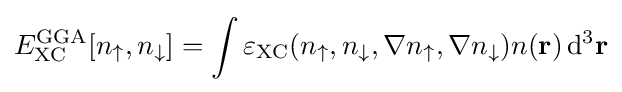
E_{\text{XC}}^{\text{GGA}}[n_{\uparrow },n_{\downarrow }]=\int \varepsilon _{\text{XC}}(n_{\uparrow },n_{\downarrow },\nabla n_{\uparrow },\nabla n_{\downarrow })n(\mathbf {r} )\,\mathrm {d} ^{3}\mathbf {r}